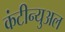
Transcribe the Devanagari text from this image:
कंटीन्युअल